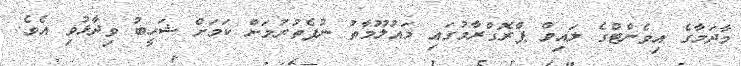
މާދަމާގެ އިވެންޓްގެ ލައިވް ޕްރޮގްރާމުގައި މައުލޫމާތު ނުފެތުރުމަށް ކަމަށް ޝަހީބު ވިދާޅުވި އެވެ.